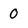
Character: 0